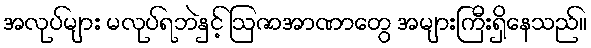
အလုပ်များ မလုပ်ရဘဲနှင့် ဩဇာအာဏာတွေ အများကြီးရှိနေသည်။